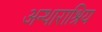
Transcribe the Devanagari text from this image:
अन्थाराश्रिय